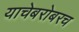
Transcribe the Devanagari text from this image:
याचेबरोबरच